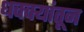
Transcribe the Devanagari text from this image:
धक्क्यांतून